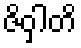
ဇိဝှါတိ